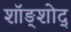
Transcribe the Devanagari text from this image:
शॉङ्शोद्